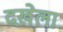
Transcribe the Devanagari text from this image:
दखेला